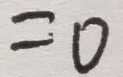
= 0